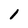
Character: I